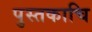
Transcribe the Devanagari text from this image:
पुस्तकाचि